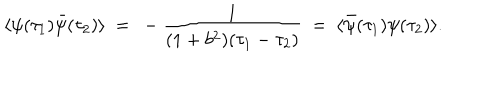
LaTeX: \langle \psi ( \tau _ { 1 } ) \bar { \psi } ( \tau _ { 2 } ) \rangle ~ = ~ - { \frac { 1 } { ( 1 + b ^ { 2 } ) ( \tau _ { 1 } - \tau _ { 2 } ) } } ~ = ~ \langle \bar { \psi } ( \tau _ { 1 } ) \psi ( \tau _ { 2 } ) \rangle .